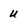
Character: u